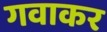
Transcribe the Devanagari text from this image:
गवाकर